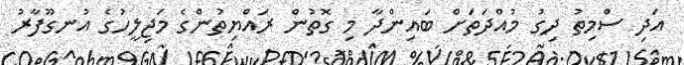
އަދި ސްމިތު ދިގު މުއްދަތަށް ބައިންދާ މި ގޮތުން ރައްޔިތުންގެ މަޖިލީހުގެ އުނގޫފާރު